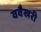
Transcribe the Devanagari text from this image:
ववैखरी